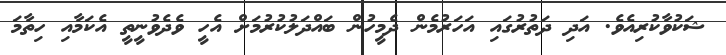
ޝަކުވާކުރިއެވެ. އަދި ދަތުރުގައި އަހަރުމެން ދެމީހުން ބައްދަލުކުރުމަށް އެހީ ވެދެވުނީތީ އެކަމާއި ހިތާމަ